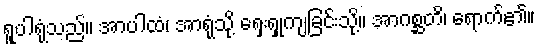
ရူပါရုံသည်။ အာပါထံ၊ အာရုံသို့ ရှေးရှုကျခြင်းသို့။ အာဂစ္ဆတိ၊ ရောက်၏။